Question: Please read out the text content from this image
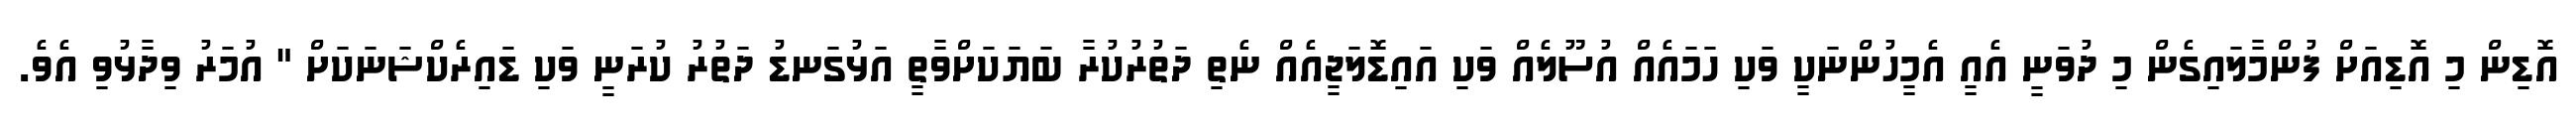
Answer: އޮޑިން މި އޮޑިއަށް ފުންމާލައިގެން މި ދުވަނީ އެއީ އެމީހުންނަކީ ވަކި ހަމައެއް އުސޫލެއް ވަކި އައިޑޮލަޖީއެއް ނެތި ދަތުރުކުރާ ބަޔަކަށްވާތީ އަޅުގަނޑު ދަތުރު ކުރަނީ ވަކި ޑައިރެކްޝަނަކަށް " އުމަރު ވިދާޅުވި އެވެ.